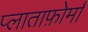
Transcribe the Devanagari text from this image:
प्लाताफ़ोर्मा